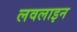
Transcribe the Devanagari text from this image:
लवलाइन